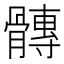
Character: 𮪴